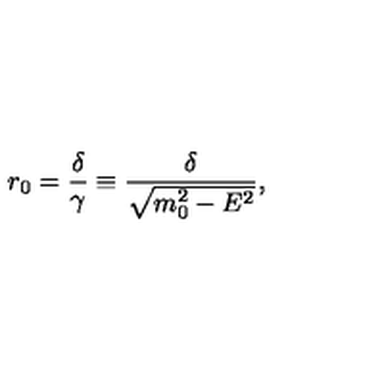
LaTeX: r _ { 0 } = \frac { \delta } { \gamma } \equiv \frac { \delta } { \sqrt { m _ { 0 } ^ { 2 } - E ^ { 2 } } } ,